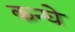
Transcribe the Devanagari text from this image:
कन्घे